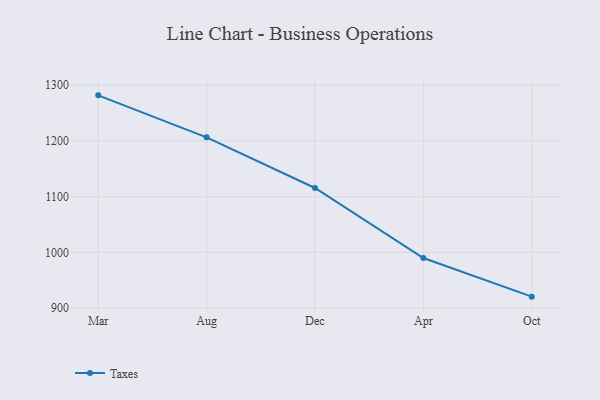
{"axis": {"x": "Month", "y": "Demand Index"}, "legend": ["Taxes"], "data": [{"x": "Mar", "y": 1281.7, "type": "Taxes"}, {"x": "Aug", "y": 1206.4, "type": "Taxes"}, {"x": "Dec", "y": 1115.6, "type": "Taxes"}, {"x": "Apr", "y": 989.9, "type": "Taxes"}, {"x": "Oct", "y": 920.7, "type": "Taxes"}]}